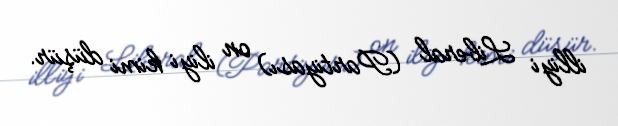
illiyi Liberal (Partiyası) on iliyi kimi düşür.